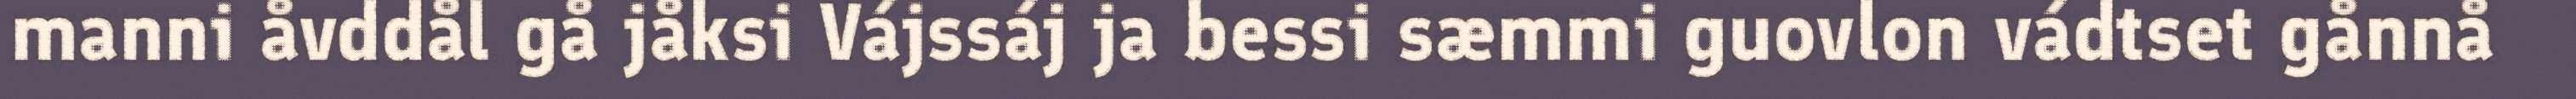
manni åvddål gå jåksi Vájssáj ja bessi sæmmi guovlon vádtset gånnå